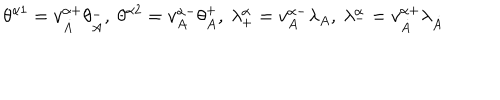
\theta ^ { \alpha 1 } = v _ { \dot { A } } ^ { \alpha + } \theta _ { \dot { A } } ^ { - } , \ \theta ^ { \alpha 2 } = v _ { A } ^ { \alpha - } \theta _ { A } ^ { + } , \ \lambda _ { + } ^ { \alpha } = v _ { A } ^ { \alpha - } \lambda _ { A } , \ \lambda _ { - } ^ { \alpha } = v _ { \dot { A } } ^ { \alpha + } \lambda _ { \dot { A } }